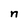
Character: n